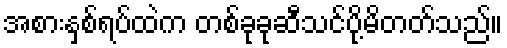
အစားနှစ်ရပ်ထဲက တစ်ခုခုဆီသင်ပို့မိတတ်သည်။